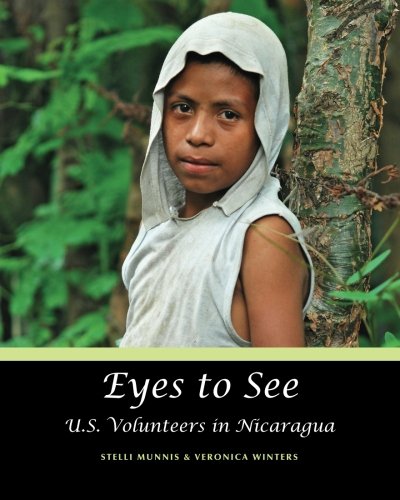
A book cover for Eyes to See: U.S. Volunteers in Nicaragua; Stelli Munnis; Travel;